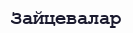
Зайцевалар